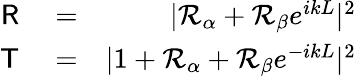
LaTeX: \begin{array}{rlr}{{\sf R}}&{{}=}&{|{\cal R}_{\alpha}+{\cal R}_{\beta}e^{ikL}|^{2}}\\ {{\sf T}}&{{}=}&{|1+{\cal R}_{\alpha}+{\cal R}_{\beta}e^{-ikL}|^{2}}\end{array}